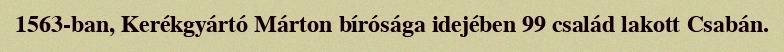
1563-ban, Kerékgyártó Márton bírósága idejében 99 család lakott Csabán.